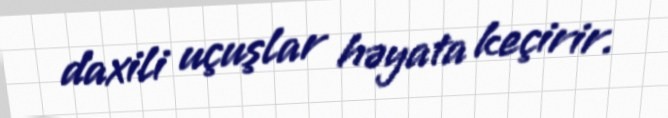
daxili uçuşlar həyata keçirir.